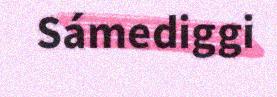
Sámediggi